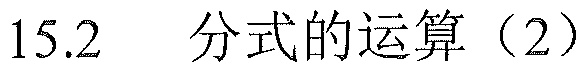
15.2 分式的运算（2）